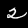
Digit: 2